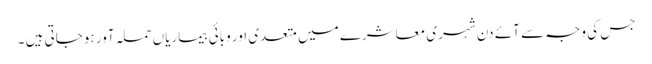
جس کی وجہ سے آئے دن شہری معاشرے میں متعدی اور وبائی بیماریاں حملہ آور ہوجاتی ہیں ۔